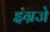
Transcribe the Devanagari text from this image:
इंग्रजे